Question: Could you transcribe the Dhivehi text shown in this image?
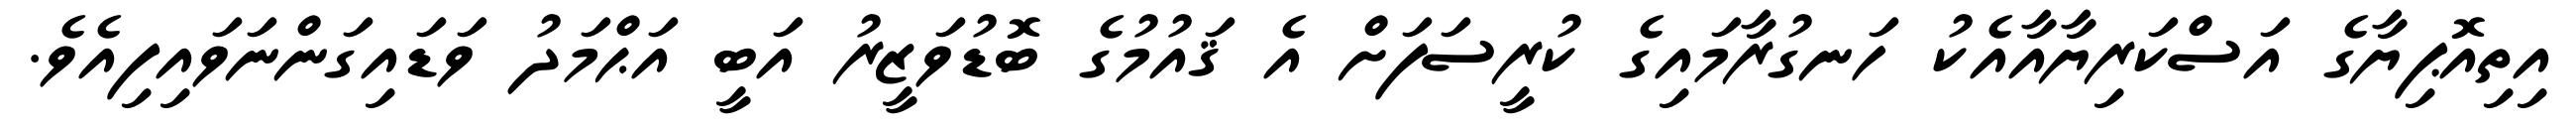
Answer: އިތިއޮޕިޔާގެ އަސްކަރިޔާއާއެކު ހަނގުރާމައިގެ ކުރީސަފަށް އެ ޤައުމުގެ ބޮޑުވަޒީރު އަބީ އަޙްމަދު ވަޑައިގަންނަވައިފިއެވެ.